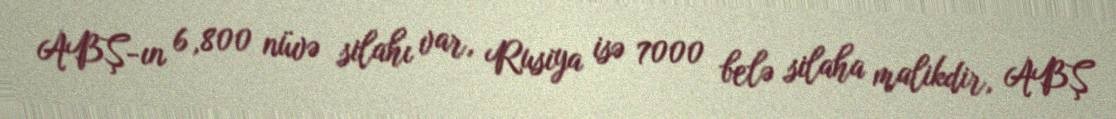
ABŞ-ın 6,800 nüvə silahı var, Rusiya isə 7000 belə silaha malikdir, ABŞ